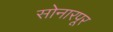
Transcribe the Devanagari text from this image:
सोनारपूर